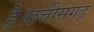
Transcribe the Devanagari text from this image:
है।छत्तीसगढ़